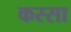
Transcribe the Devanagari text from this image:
कस्सा